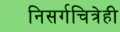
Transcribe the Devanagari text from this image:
निसर्गचित्रेही